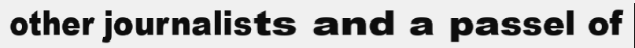
other journalists and a passel of